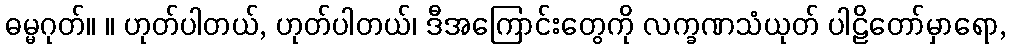
ဓမ္မဂုတ်။ ။ ဟုတ်ပါတယ်, ဟုတ်ပါတယ်၊ ဒီအကြောင်းတွေကို လက္ခဏသံယုတ် ပါဠိတော်မှာရော,